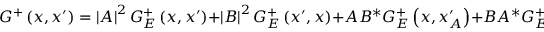
G ^ { + } \left( x , x ^ { \prime } \right) = \left| A \right| ^ { 2 } G _ { E } ^ { + } \left( x , x ^ { \prime } \right) + \left| B \right| ^ { 2 } G _ { E } ^ { + } \left( x ^ { \prime } , x \right) + A B ^ { \ast } G _ { E } ^ { + } \left( x , x _ { A } ^ { \prime } \right) + B A ^ { \ast } G _ { E } ^ { + } \left( x _ { A } , x ^ { \prime } \right) .